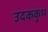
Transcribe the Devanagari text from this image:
उदककुंभ